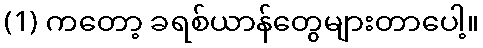
(1) ကတော့ ခရစ်ယာန်တွေများတာပေါ့။